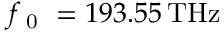
f _ { \mathrm { ~ 0 ~ } } = 1 9 3 . 5 5 \, \mathrm { T H z }